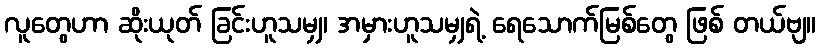
လူတွေဟာ ဆိုးယုတ် ခြင်းဟူသမျှ၊ အမှားဟူသမျှရဲ့ ရေသောက်မြစ်တွေ ဖြစ် တယ်ဗျ။